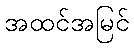
အထင်အမြင်